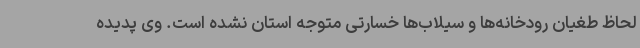
لحاظ طغیان رودخانه‌ها و سیلاب‌ها خسارتی متوجه استان نشده است. وی پدیده